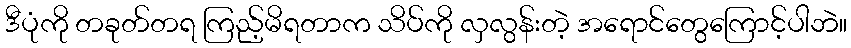
ဒီပုံကို တခုတ်တရ ကြည့်မိရတာက သိပ်ကို လှလွန်းတဲ့ အရောင်တွေကြောင့်ပါဘဲ။